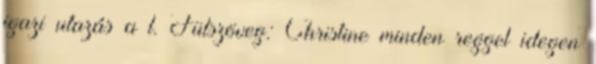
igazi utazás a l. Fülszöveg: Christine minden reggel idegen